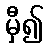
မှီ၍